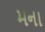
મના